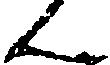
ん